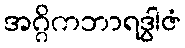
အဂ္ဂိကဘာရဒွါဇံ